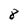
Character: 8